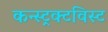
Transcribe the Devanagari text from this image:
कन्स्ट्रक्टविस्ट